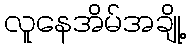
လူနေအိမ်အချို့